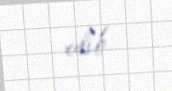
edib.